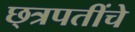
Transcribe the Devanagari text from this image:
छ्त्रपतींचे